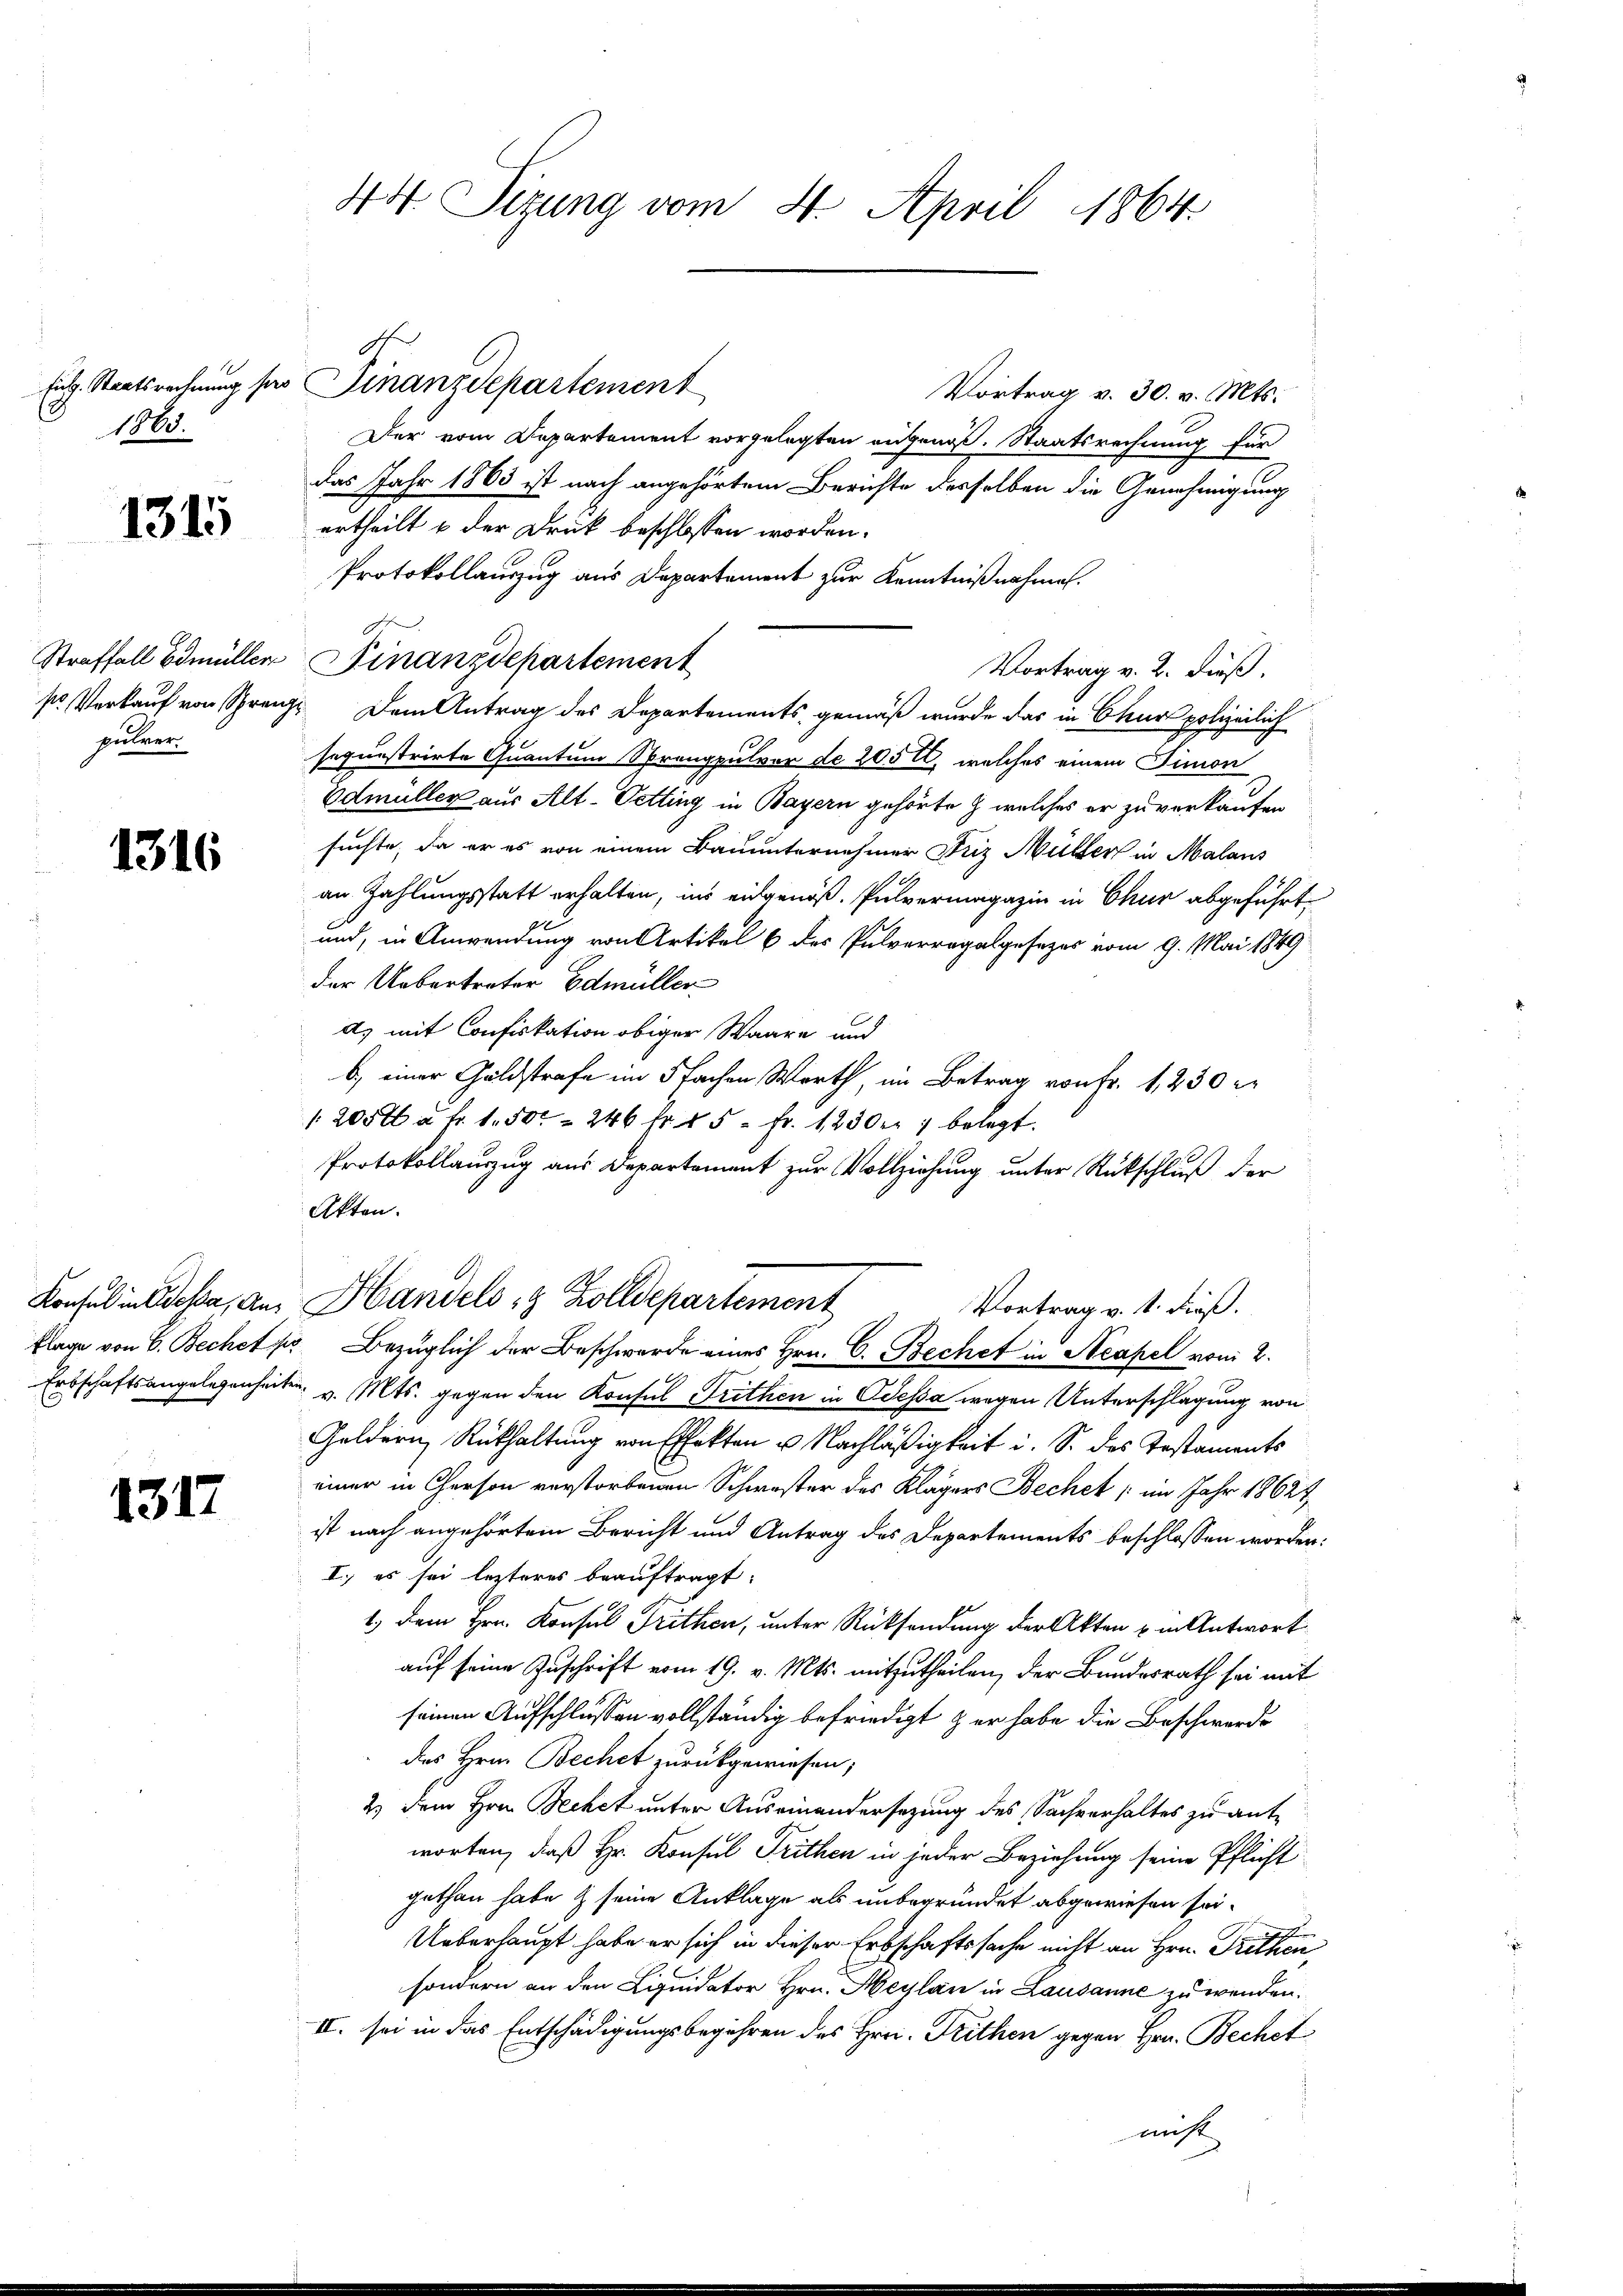
1863.

1315

Straffall Edmüller
so Verkauf von Sprenz
pulrer.

1316

Konsul in dessa, An¬

1317

44. Sizung vom 4. April 1864

ful. Staatsrechnung der Finanzdepartement
Vortrag v. 30. v. Mts.
Der vom Departement vorgelegten angenoß. Staatsrechnung für
das Jahr 1863 ist nach angehörtem Berichte desselben die Genehmigung
ertheilt u der Druk beschlossen worden.
Protokollauszug aus Departement zur Kenntnißnahmen.
.
Finanzdepartement
Vortrag v. 2. dieß.
7. Dem Antrag des Departements gemäß wurde das in Chur polizeilich
sequestrirte Quantum Sprengpulver de 2050, welches einem Simon
Edmüller aus Alt-Petting in Bayern gehörte  welches er zu verkaufen
suchte, da er es von einem Bauunternehmer Friz Müller in Malans
an Zahlungsstatt erhalten, ins eidgenöß. Pulvermagazin in Chur abgeführt
und, in Anwendung von Artikel 6 des Pulverregalgesezes vom 9. Mai 1849
der Uebertreter Edmüller
d) mit Confiskation obiger Waare und
b.) einer Goldstrafe im 5fachen Werth, im Betrag von Fr. 1230 e
 2050 à Fr. 1.50 " 246 fr. 15 - Fr. 1230er 7 belegt.
Protokollauszug aus Departement zur Vollziehung unter Rückschluß der
Akten.
Handels- & Zolldepartement
Vortrag v. 1. dieß.
flage von 6. Bechet pr Bezüglich der Beschwerde eines Hrn. C. Bechet in Acapel vom 2.
Erbschaftsangelegenheiten v. Mts. gegen den Konsul Frithen in Odessa wegen Unterschlagung von
Geldern Rückhaltung von Effekten u. Nachläßigkeit i. S. des Testaments
einer in Person verstorbenen Schwester des Klägers Bechet (im Jahr 18624
ist nach angehörtem Bericht und Antrag des Departements beschlossen worden.
I.) es sei lezteres beauftragt:
1.) Dem Hrn. Konsul Brethen, unter Rücksendung der Akten u. in Antwort
auf seine Zuschrift vom 19. v. Mts. mitzutheilen, der Bundesrath sei mit
seinen Aufschlüssen vollständig befriedigt zur habe die Beschwerde
des Hrn. Bechet zurückgewiesen;
2.) Dem Hrn. Bechet unter Auseinandersezung des Sachverhaltes zu antworten, daß Hr. Konsul Trithen in jeder Beziehung seine Pflicht
gethan habe & seine Anklage als unbegründet abgewiesen sei¬
Ueberhaupt habe er sich in dieser Erbschaftssache nicht an Hrn. Tritten,
sondern an den Liquidator Hrn. Heylan in Lausanne zu wenden.
II. sei in das Entschädigungsbegehren des Hrei. Frithen gegen Hrn. Bechet
nicht